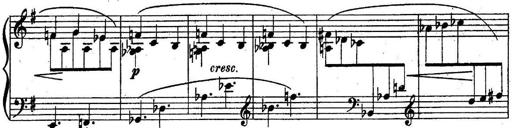
Title: Sonatine
Composer: Adrian Shaposhnikov
Key: E minor